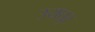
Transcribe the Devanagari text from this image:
उयघूर